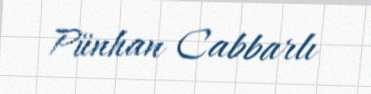
Pünhan Cabbarlı